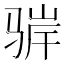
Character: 𬴁